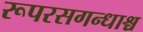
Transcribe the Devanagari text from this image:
रूपरसगन्धाश्च